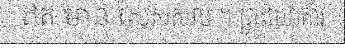
ឥត មាន សេសសល់ ។ ព្រះយោគាវ